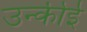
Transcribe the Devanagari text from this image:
उन्कीई